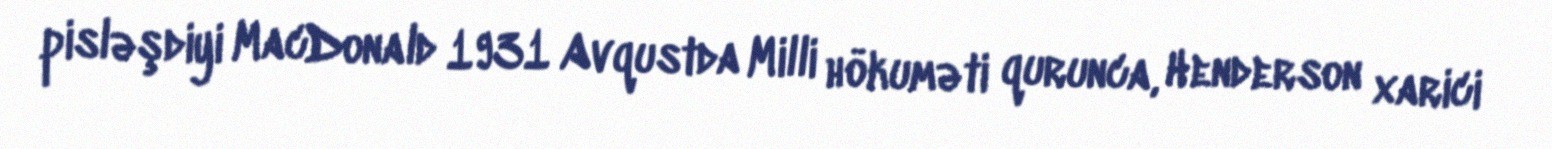
pisləşdiyi MacDonald 1931 Avqustda Milli hökuməti qurunca, Henderson xarici